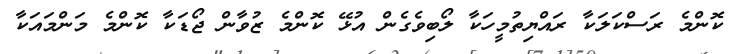
ކޮންމެ ރަސްކަލަކާ ރައްޔިތުމީހަކާ ލޯބިވެގެން އުޅޭ ކޮންމެ ޒުވާން ޖޯޑަކާ ކޮންމެ މަންމައަކާ